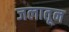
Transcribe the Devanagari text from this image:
जलातून